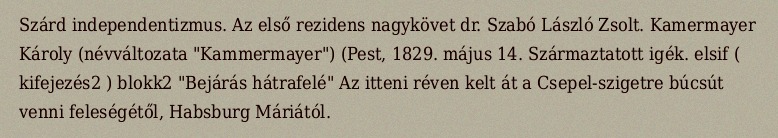
Szárd independentizmus. Az első rezidens nagykövet dr. Szabó László Zsolt. Kamermayer Károly (névváltozata "Kammermayer") (Pest, 1829. május 14. Származtatott igék. elsif ( kifejezés2 ) blokk2 "Bejárás hátrafelé" Az itteni réven kelt át a Csepel-szigetre búcsút venni feleségétől, Habsburg Máriától.